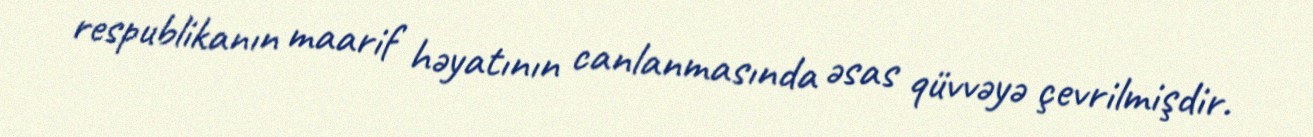
respublikanın maarif həyatının canlanmasında əsas qüvvəyə çevrilmişdir.